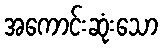
အကောင်းဆုံးသော